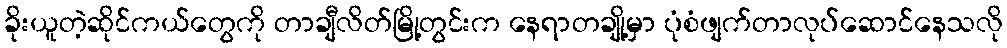
ခိုးယူတဲ့ဆိုင်ကယ်တွေကို တာချီလိတ်မြို့တွင်းက နေရာတချို့မှာ ပုံစံဖျက်တာလုပ်ဆောင်နေသလို